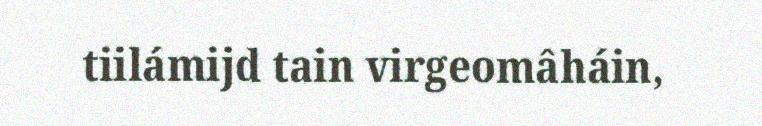
tiilámijd tain virgeomâháin,